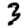
Digit: 3